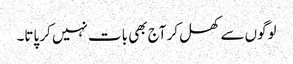
لوگوں سے کھل کر آج بھی بات نہیں کر پاتا۔